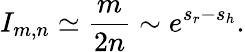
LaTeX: I_{m,n}\simeq\frac{m}{2n}\sim e^{s_{r}-s_{h}}.